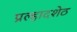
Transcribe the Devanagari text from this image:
प्रल्हादशेठ